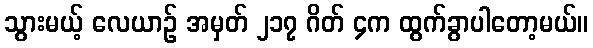
သွားမယ့် လေယာဉ် အမှတ် ၂၁၇ ဂိတ် ၄က ထွက်ခွာပါတော့မယ်။